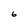
Character: 6